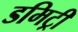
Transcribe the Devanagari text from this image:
डमिट्री